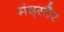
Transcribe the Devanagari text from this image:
मंद्सौर